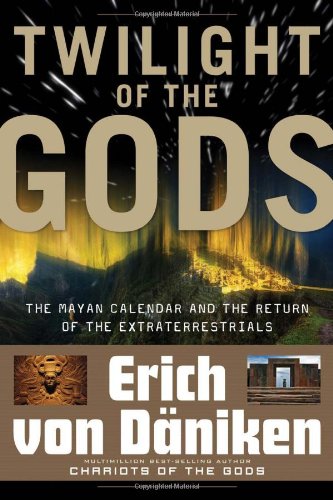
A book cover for Twilight of the Gods: The Mayan Calendar and the Return of the Extraterrestrials; Erich von Daniken; Science & Math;